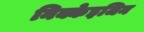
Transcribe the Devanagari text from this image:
निक्केइजिन